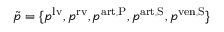
\tilde { p } = \{ p ^ { \mathrm { l v } } , p ^ { \mathrm { r v } } , p ^ { \mathrm { a r t , P } } , p ^ { \mathrm { a r t , S } } , p ^ { \mathrm { v e n , S } } \}